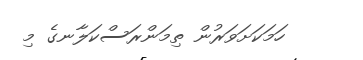
ހަމަކަށަވަރުން ތިމަންރަސްކަލާނގެ މި